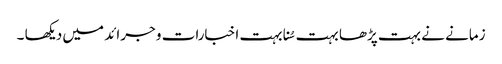
زمانے نے بہت پڑھا بہت سُنا بہت اخبارات و جرائد میں دیکھا ۔